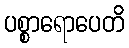
ပစ္စာရောပေတိ